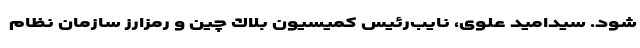
شود. سيداميد علوی، نايب‌رئيس كميسيون بلاك چين و رمزارز سازمان نظام